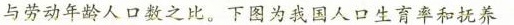
与劳动年龄人口数之比。下图为我国人口生育率和抚养